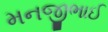
મનજીભાઈ